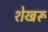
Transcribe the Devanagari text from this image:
शेखरू